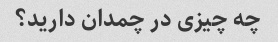
چه چیزی در چمدان دارید؟